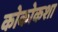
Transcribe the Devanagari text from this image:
कोकोकशा